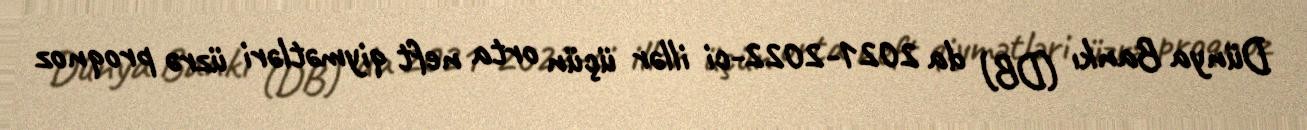
Dünya Bankı (DB) da 2021-2022-ci illər üçün orta neft qiymətləri üzrə proqnoz